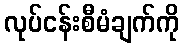
လုပ်ငန်းစီမံချက်ကို